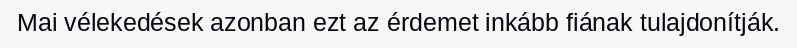
Mai vélekedések azonban ezt az érdemet inkább fiának tulajdonítják.